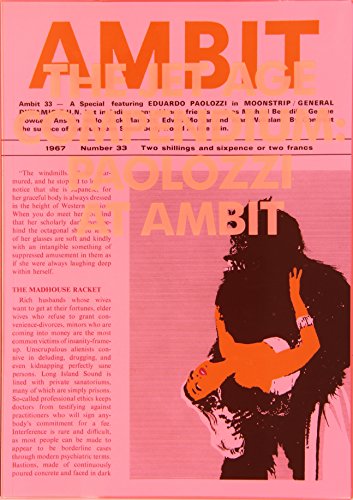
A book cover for Eduardo Paolozzi: The Jet Age Compendium; David Brittain; Crafts, Hobbies & Home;